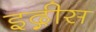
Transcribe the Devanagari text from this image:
इद्गीस